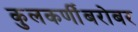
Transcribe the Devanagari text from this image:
कुलकर्णींबरोबर